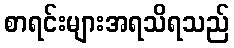
စာရင်းများအရသိရသည်